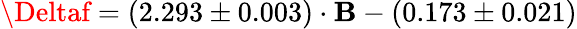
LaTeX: \Deltaf=(2.293\pm0.003)\cdot\mathbf{B}-(0.173\pm0.021)